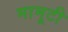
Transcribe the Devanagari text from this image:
मामूटी